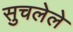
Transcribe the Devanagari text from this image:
सुचलेले